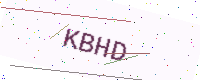
Text: KBHD